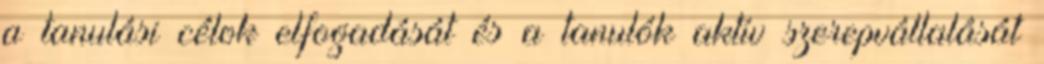
a tanulási célok elfogadását és a tanulók aktív szerepvállalását